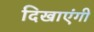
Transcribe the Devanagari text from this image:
दिखाएंगी